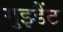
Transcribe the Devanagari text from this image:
गुइडैंट